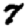
Digit: 7